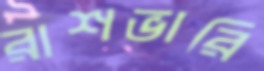
রাশভারি